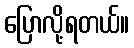
ပြောလို့ရတယ်။